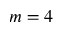
m = 4